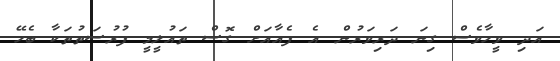
އަދި ވީހާވެސް ގިނަ ދަރިވަރުން އެ ފެއާއަށް ގޮސް ތައުލީމީ ފުރުސަތުތަކާ ބެހޭ